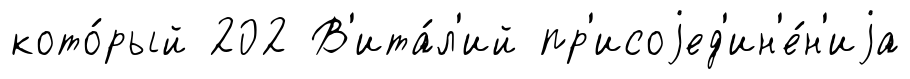
кото́рый 202 В'ита́л'ий пр'исоjед'ин'е́н'иjа